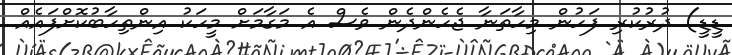
ޑީޑީ) ދުރުކުރި ފަހުން މިހާތަނާ ޖެހެންދެން ވެސް އެ މަގާމަށް މީހަކު އިންތިހާބުކޮށްފައެއް